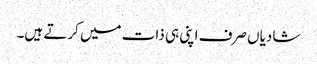
شادیاں صرف اپنی ہی ذات میں کرتے ہیں۔